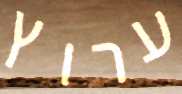
ערוץ